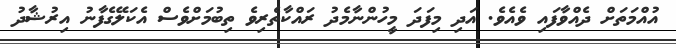
އުއްމަތަށް ދެއްވާފައި ވެއެވެ. އަދި މިފަދަ މީހުންނާމެދު ރައްކާތެރިވެ ތިބުމަށްވެސް އެކަލޭގެފާނު އިރުޝާދު